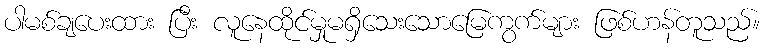
ပါမစ်ချပေးထား ပြီး လူနေထိုင်မှုမရှိသေးသောမြေကွက်များ ဖြစ်ဟန်တူသည်။